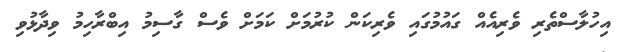
އިހުލާސްތެރި ވެރިއެއް ގައުމުގައި ވެރިކަން ކުރުމަށް ކަމަށް ވެސް ގާސިމު އިބްރާހިމު ވިދާޅުވި